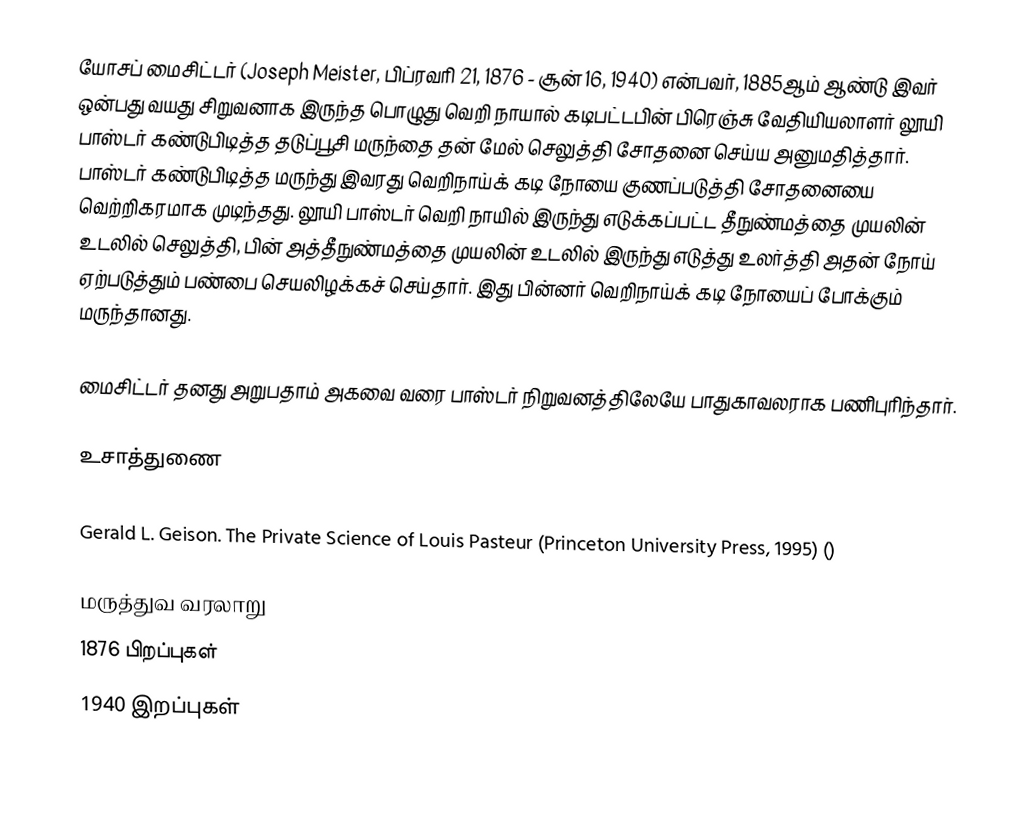
யோசப் மைசிட்டர் (Joseph Meister, பிப்ரவரி 21, 1876 - சூன் 16, 1940) என்பவர், 1885ஆம் ஆண்டு இவர் ஒன்பது வயது சிறுவனாக இருந்த பொழுது வெறி நாயால் கடிபட்டபின் பிரெஞ்சு வேதியியலாளர் லூயி பாஸ்டர் கண்டுபிடித்த தடுப்பூசி மருந்தை தன் மேல் செலுத்தி சோதனை செய்ய அனுமதித்தார். பாஸ்டர் கண்டுபிடித்த மருந்து இவரது வெறிநாய்க் கடி நோயை குணப்படுத்தி சோதனையை வெற்றிகரமாக முடிந்தது. லூயி பாஸ்டர் வெறி நாயில் இருந்து எடுக்கப்பட்ட தீநுண்மத்தை முயலின் உடலில் செலுத்தி, பின் அத்தீநுண்மத்தை முயலின் உடலில் இருந்து எடுத்து உலர்த்தி அதன் நோய் ஏற்படுத்தும் பண்பை செயலிழக்கச் செய்தார். இது பின்னர் வெறிநாய்க் கடி நோயைப் போக்கும் மருந்தானது.

மைசிட்டர் தனது  அறுபதாம் அகவை வரை பாஸ்டர் நிறுவனத்திலேயே பாதுகாவலராக பணிபுரிந்தார்.

உசாத்துணை

 Gerald L. Geison. The Private Science of Louis Pasteur (Princeton University Press, 1995) ()

மருத்துவ வரலாறு
1876 பிறப்புகள்
1940 இறப்புகள்